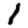
Digit: 1